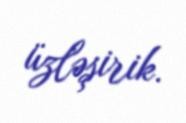
üzləşirik.